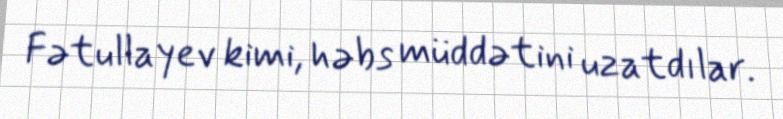
Fətullayev kimi, həbs müddətini uzatdılar.